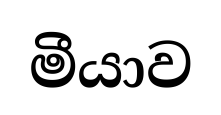
මීයාව